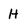
Character: H